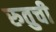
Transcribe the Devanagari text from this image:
रुतुची